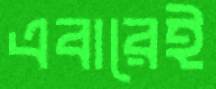
এবারেই